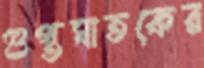
গুপ্তঘাতকের